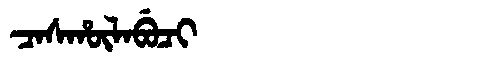
Manchu: ᠴᠠᠰᡥᡡᠯᠠᠪᡠᠴᡳ
Romanization: CASHŪLABUCI